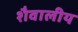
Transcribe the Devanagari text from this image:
शैवालीय